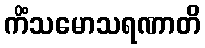
ကိံသမောသရဏာတိ